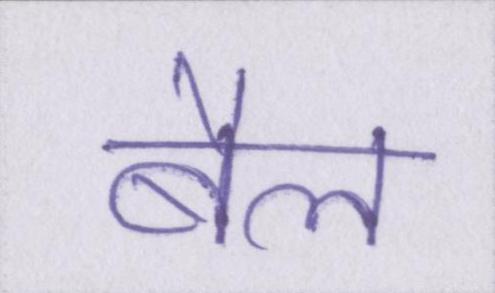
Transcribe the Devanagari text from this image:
बैल